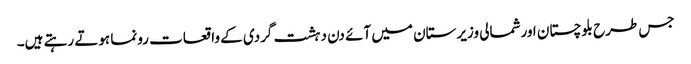
جس طرح بلوچستان اورشمالی وزیرستان میں آئے دن دہشت گردی کے واقعات رونما ہوتے رہتے ہیں۔